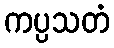
ကပ္ပသတံ